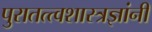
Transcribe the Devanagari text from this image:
पुरातत्त्वशास्त्रज्ञांनी